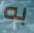
به